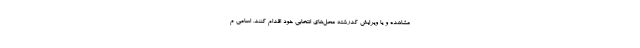
مشاهده و یا ویرایش کدرشته محل‌های انتخابی خود اقدام کنند. اسامی م